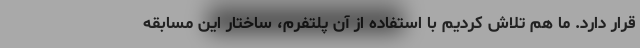
قرار دارد. ما هم تلاش کردیم با استفاده از آن پلتفرم، ساختار این مسابقه